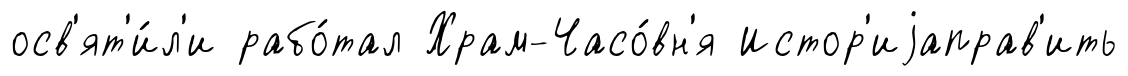
осв'ят'и́л'и рабо́тал Храм-Часо́вн'я Истор'иjаправ'ить